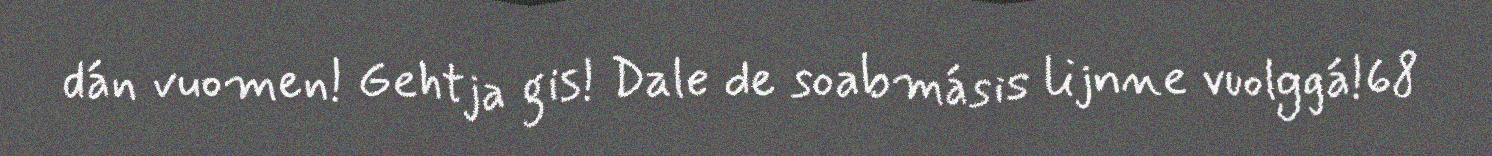
dán vuomen! Gehtja gis! Dale de soabmásis lijnne vuolggá!68